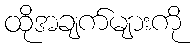
ထိုအချက်များကို